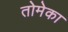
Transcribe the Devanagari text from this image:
तोमेका